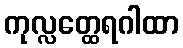
ကုလ္လတ္ထေရဂါထာ